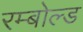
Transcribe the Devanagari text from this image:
रम्बोल्ड